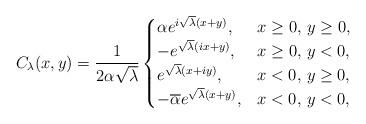
LaTeX: \begin{align*}C_\lambda(x,y)=\frac{1}{2\alpha\sqrt{\lambda}}\begin{cases}\alpha e^{i\sqrt\lambda (x+y)},& x\geq 0,\,y\geq 0,\\-e^{\sqrt{\lambda}(ix+y)},&x\geq 0,\,y<0,\\e^{\sqrt{\lambda}(x+iy)},&x<0,\,y\geq 0,\\-\overline{\alpha}e^{\sqrt{\lambda}(x+y)},&x<0,\,y<0,\end{cases}\end{align*}